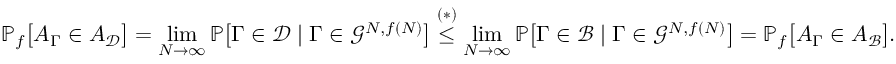
\mathbb P _ { f } \big [ A _ { \Gamma } \in A _ { \mathcal D } \big ] = \operatorname* { l i m } _ { N \to \infty } \mathbb P \big [ \Gamma \in \mathcal D \mid \Gamma \in \mathcal G ^ { N , f ( N ) } \big ] \overset { ( * ) } \leq \operatorname* { l i m } _ { N \to \infty } \mathbb P \big [ \Gamma \in \mathcal B \mid \Gamma \in \mathcal G ^ { N , f ( N ) } \big ] = \mathbb P _ { f } \big [ A _ { \Gamma } \in A _ { \mathcal B } \big ] .